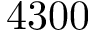
4 3 0 0